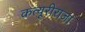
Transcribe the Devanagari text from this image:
कत्यूरीराजा